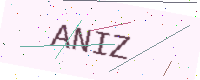
Text: ANIZ